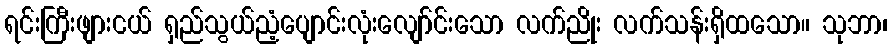
ရင်းကြီးဖျားငယ် ရှည်သွယ်ညံ့ပျောင်းလုံးလျော်င်းသော လက်ညိုး လက်သန်းရှိထသော။ သုဘာ၊